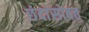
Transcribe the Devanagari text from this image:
छंदांसोबत